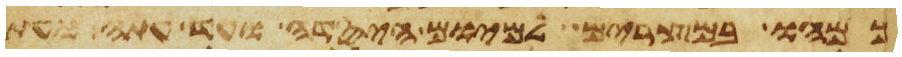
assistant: כמהו במצרים למיום היסדה ועד עתה ועתה